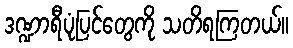
ဒဏ္ဍာရီပုံပြင်တွေကို သတိရကြတယ်။